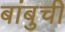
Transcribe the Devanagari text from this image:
बांबुची